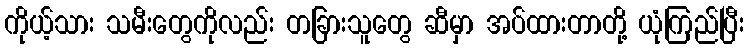
ကိုယ့်သား သမီးတွေကိုလည်း တခြားသူတွေ ဆီမှာ အပ်ထားတာတို့ ယုံကြည်ပြီး